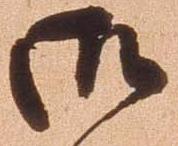
御